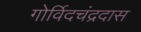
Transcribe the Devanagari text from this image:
गोर्विदचंद्रदास